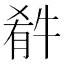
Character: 𤚁